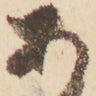
あ